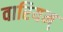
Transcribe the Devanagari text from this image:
वारियम्